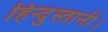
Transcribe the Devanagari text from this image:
हिन्दुस्तानी।